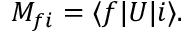
M _ { f i } = \langle f | U | i \rangle .